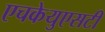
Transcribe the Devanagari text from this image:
एचकेयुएसटी